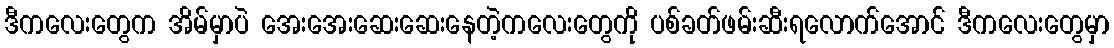
ဒီကလေးတွေက အိမ်မှာပဲ အေးအေးဆေးဆေးနေတဲ့ကလေးတွေကို ပစ်ခတ်ဖမ်းဆီးရလောက်အောင် ဒီကလေးတွေမှာ